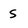
Character: s